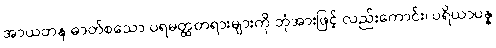
အာယတန ဓာတ်စသော ပရမတ္ထတရားများကို ဘုံအားဖြင့် လည်းကောင်း၊ ပရိယာပန္န